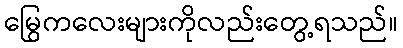
မြွေကလေးများကိုလည်းတွေ့ရသည်။